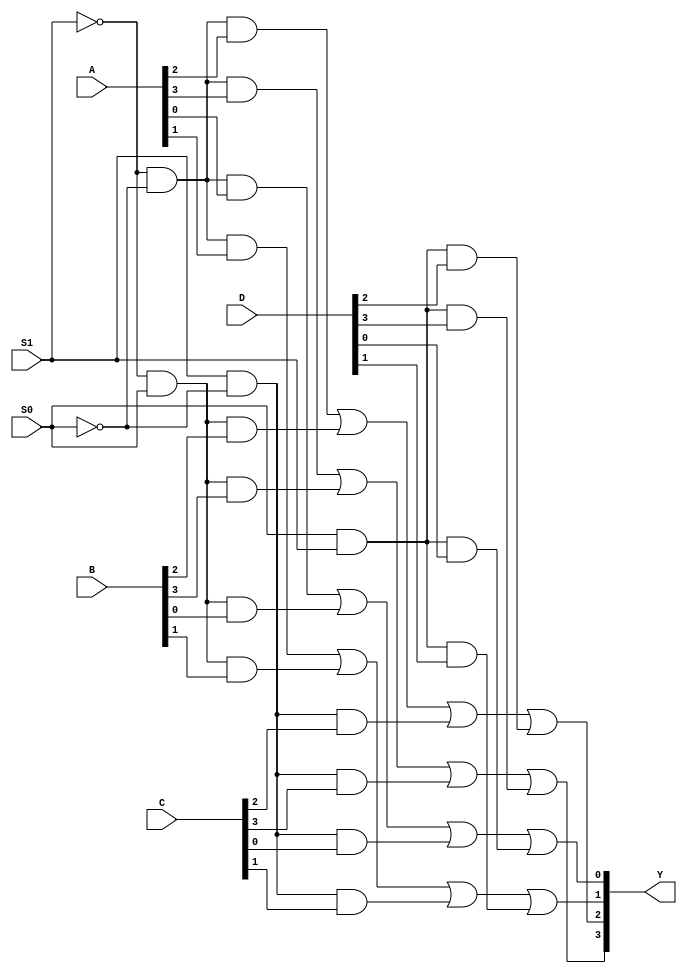
module mux (S1, S0, A, B, C, D, Y);
	input S1, S0;
	input [3:0]A;
	input [3:0]B;
	input [3:0]C;
	input [3:0]D;
	output [3:0]Y;
	assign Y[0] = ((~S1) & (~S0) & A[0]) | ((~S1) & S0 & B[0])|(S1 & (~S0) & C[0])|(S0 & S1 & D[0]);
	assign Y[1] = ((~S1) & (~S0) & A[1]) | ((~S1) & S0 & B[1])|(S1 & (~S0) & C[1])|(S0 & S1 & D[1]);
	assign Y[2] = ((~S1) & (~S0) & A[2]) | ((~S1) & S0 & B[2])|(S1 & (~S0) & C[2])|(S0 & S1 & D[2]);
	assign Y[3] = ((~S1) & (~S0) & A[3]) | ((~S1) & S0 & B[3])|(S1 & (~S0) & C[3])|(S0 & S1 & D[3]);
endmodule